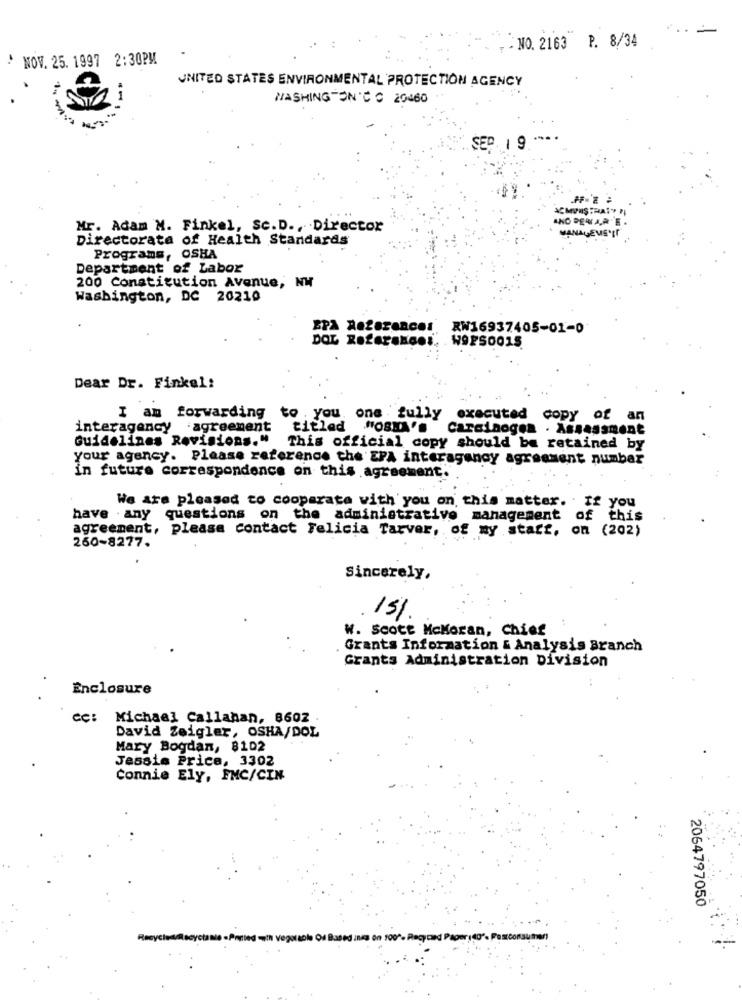
- - NO. 2163 P. 8/34
NOV. 25. 1997 2:30PM
UNITED STATES ENVIRONMENTAL PROTECTION AGENCY
WASHINGTON'C C 20460
SEP. 1 9
AND DENA,A'E
Mr. Adam M. Finkel, Sc.D ., Director
Directorata of Health Standards
MANAGEME'IT
Programs, OSHA
Department of Labor
200 Constitution Avenue, NW
Washington, DC 20210
RW16937405-01-0
WOES001S
Dear Dr. Finkel:
I am forwarding to , you. one fully
executed copy of an
interagency agreement
titled "OBMA'.
Carcinogen . Assessment
Guidelines Revisions."
This official copy should be retained by
your agency. Please reference the EPA interagency agressent numbar
in future correspondence on this agreement.
We Are pleased to cooperate with you on this matter. if you
have any questions on the administrative management of this
agreement, please contact Felicia Tarver, of my start, on (202)
260-8277.
Sincerely,
15%
W. Scott McMoran, Chief
Grants Information & Analysis Branch
Grants Administration Division
Enclosure
cc: Michael Callanan, 8602 .
David Zeigler, OSHA/DOL
Mary Bogdan, 8102
Jessie Price, 3302
Connie Ely, FMC/CIN
2064797050
wth vegoracle Of Based ings on 100". Recycand Papersto"- Postconsumer)